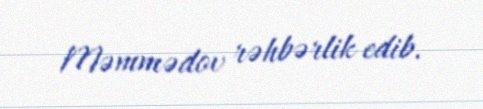
Məmmədov rəhbərlik edib.